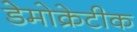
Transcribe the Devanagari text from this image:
डेेमोक्रेटीक